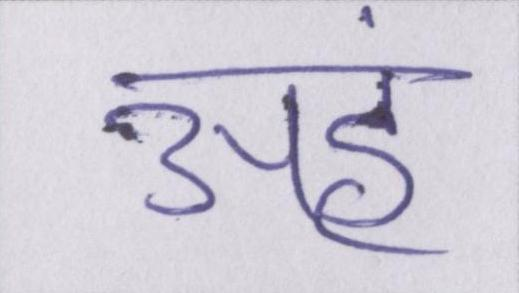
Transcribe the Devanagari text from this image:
अहं